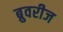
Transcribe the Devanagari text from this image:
ब्रुवरीज